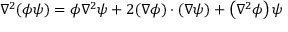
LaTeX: \nabla ^ { 2 } ( \phi \psi ) = \phi \nabla ^ { 2 } \psi + 2 ( \nabla \phi ) \cdot ( \nabla \psi ) + \left( \nabla ^ { 2 } \phi \right) \psi